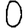
Digit: 0